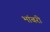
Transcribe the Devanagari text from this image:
भांबरी